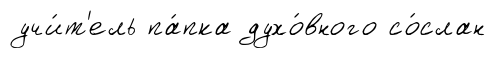
учи́т'ель па́пка духо́вного со́слан